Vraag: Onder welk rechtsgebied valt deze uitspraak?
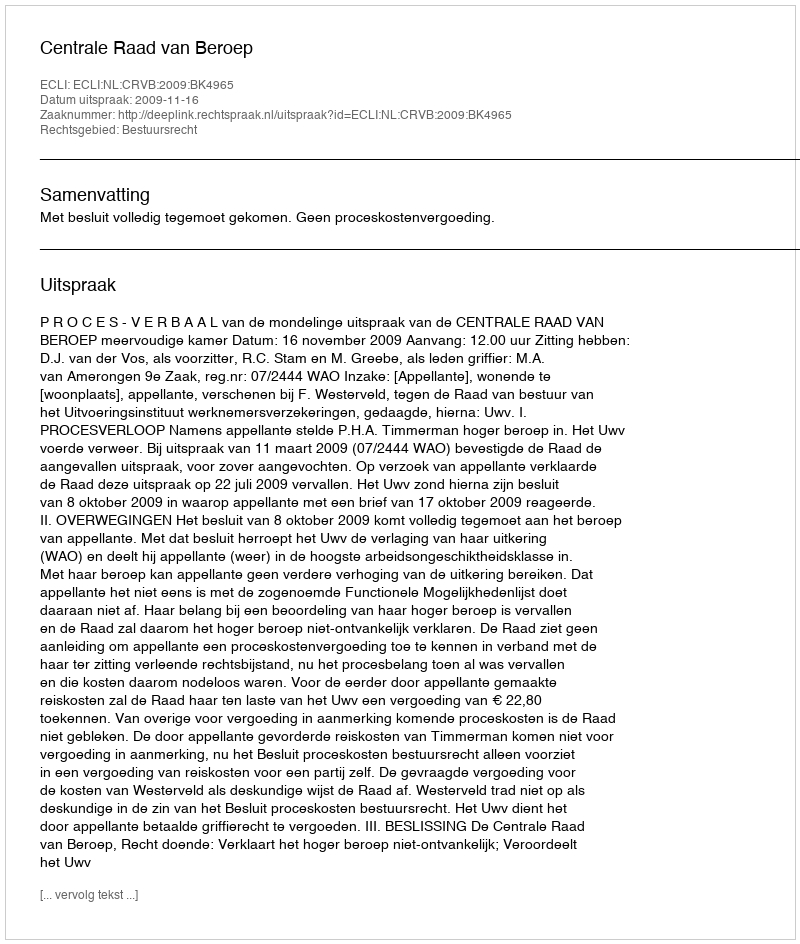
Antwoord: Bestuursrecht